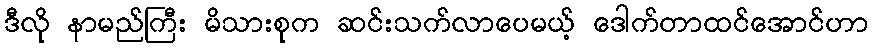
ဒီလို နာမည်ကြီး မိသားစုက ဆင်းသက်လာပေမယ့် ဒေါက်တာထင်အောင်ဟာ